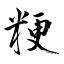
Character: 粳